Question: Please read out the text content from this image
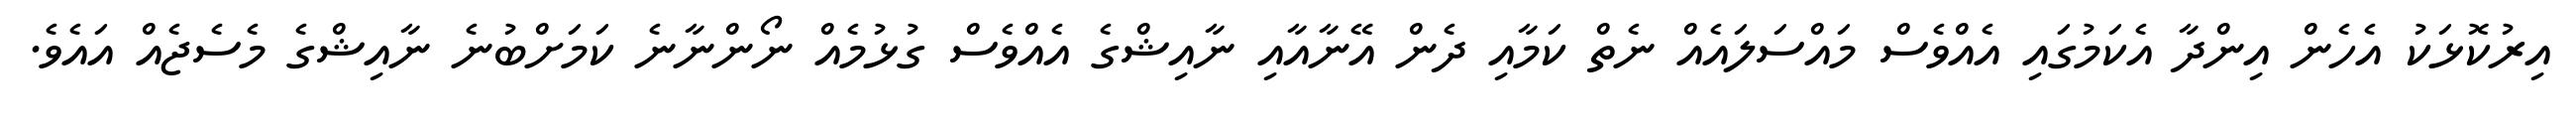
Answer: އިރުކޮޅަކު އެހެން އިންދާ އެކަމުގައި އެއްވެސް މައްސަލައެއް ނެތް ކަމާއި ދެން އޭނާއާއި ނާއިޝްގެ އެއްވެސް ގުޅުމެއް ނޯންނާނެ ކަމަށްބުނެ ނާއިޝްގެ މެސެޖެއް އައެވެ.